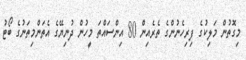
މިގޮތުން މަލިކުގެ ފިރިހެނުންގެ ތެރެއިން 80 އިންސައްތަ މީހުން ދުނިޔޭގެ އެތަންމިތަނުގެ ބޯޓު